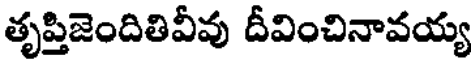
తృప్తిజెందితివీవు దీవించినావయ్య